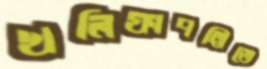
খলিফাপট্টিতে